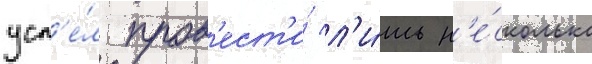
усп'е́л пров'ест'и́ л'и́шь н'е́сколько